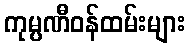
ကုမ္ပဏီဝန်ထမ်းများ